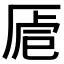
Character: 𠩳